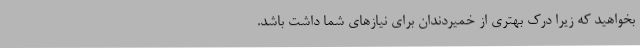
بخواهید که زیرا درک بهتری از خمیردندان برای نیازهای شما داشت باشد.